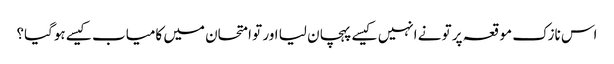
اس نازک موقعہ پر تو نے انہیں کیسے پہچان لیا اور تو امتحان میں کامیاب کیسے ہوگیا؟